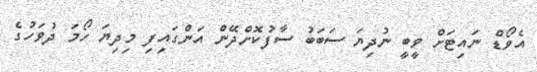
އެވޯޑް ނައިޓަށް ވީބީ ނުދިޔަ ސަބަބު ސާފުކޮށްދޭން އަންގައިފި މިދިޔަ ހޯމަ ދުވަހުގެ